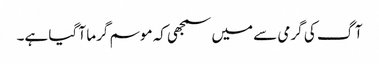
آگ کی گرمی سے میں سمجھی کہ موسم گرما آ گیا ہے۔